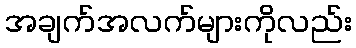
အချက်အလက်များကိုလည်း